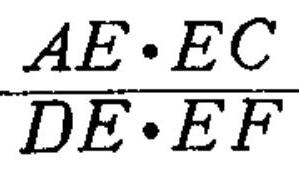
\frac{AE\cdot EC}{DE\cdot EF}